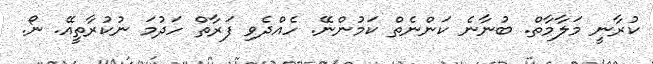
ކުރާނީ މަލާމާތް. ބުނާނެ ކަންނެތް ކަމުންނޭ. ހެއްދެވި ފަރާތް ހަދުމަ ނުކުރާތީއޭ. ނޯ.